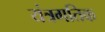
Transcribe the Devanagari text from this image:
यंत्रगतिक